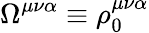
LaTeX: \Omega^{\mu\nu\alpha}\equiv\rho_{0}^{\mu\nu\alpha}